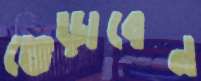
ভেড়াবেন